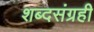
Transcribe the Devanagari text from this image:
शब्दसंग्रही